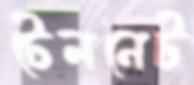
টেলনেট